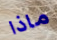
ماذا